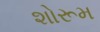
શોરૂમ